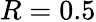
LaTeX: R=0.5